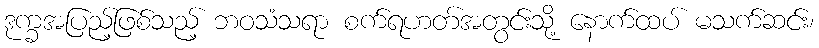
ဒုက္ခအပြည့်ဖြစ်သည့် ဘဝသံသရာ စက်ရဟတ်အတွင်းသို့ နောက်ထပ် မသက်ဆင်း၊